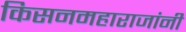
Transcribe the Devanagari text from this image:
किसनमहाराजांनी